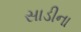
સાડીના